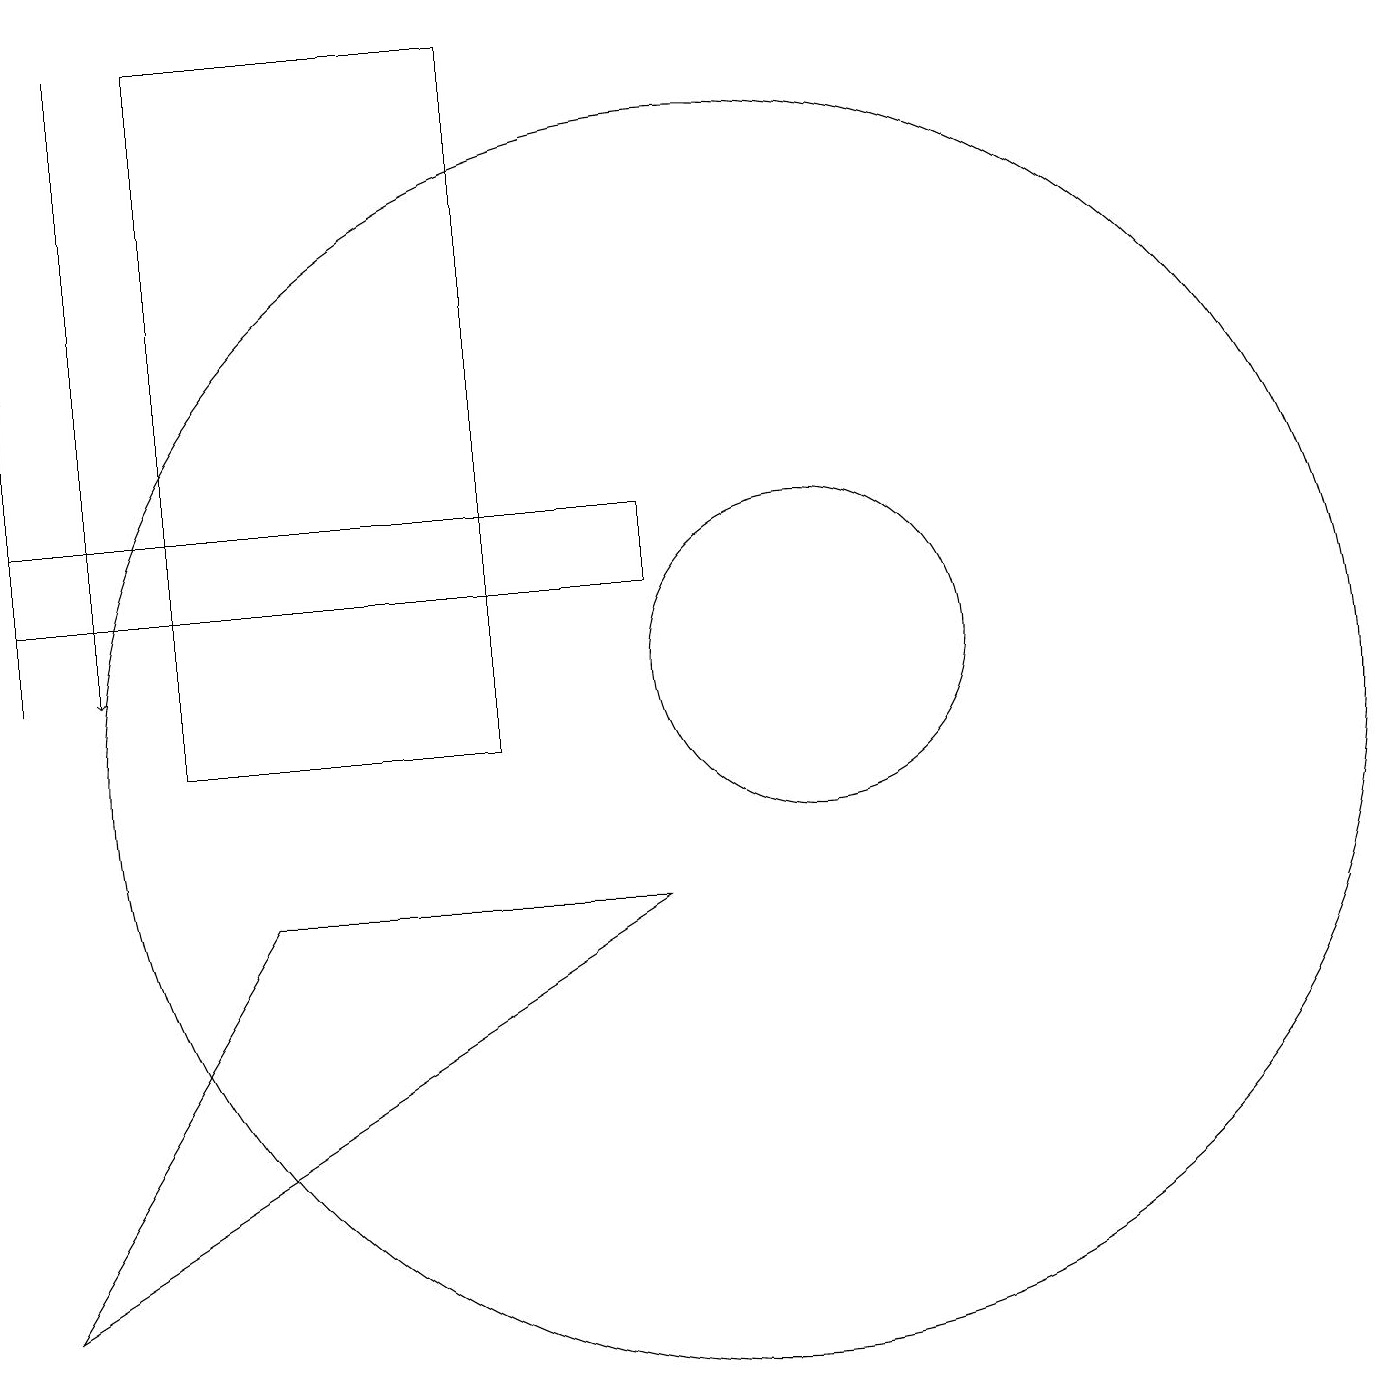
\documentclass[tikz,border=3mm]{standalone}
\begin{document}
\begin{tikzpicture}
\draw (9,8) -- (1,3) -- (4,8) -- cycle;
\draw (9,12) rectangle (1,13);
\draw (3,10) rectangle (7,19);
\draw (11,11) circle (2);
\draw (10,10) circle (8);
\draw (1,11) rectangle (1,15);
\draw[->] (2,19) -- (2,11);
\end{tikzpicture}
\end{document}